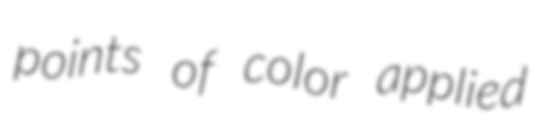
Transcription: points of color applied